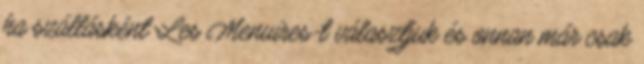
ha szállásként Les Menuires-t választjuk és onnan már csak